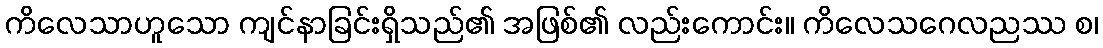
ကိလေသာဟူသော ကျင်နာခြင်းရှိသည်၏ အဖြစ်၏ လည်းကောင်း။ ကိလေသဂေလညဿ စ၊